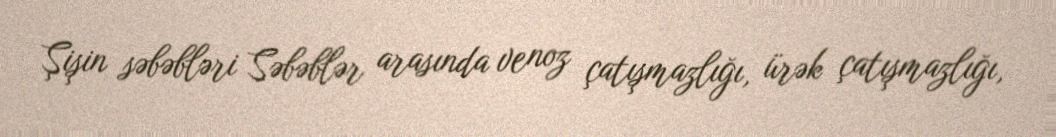
Şişin səbəbləri Səbəblər arasında venoz çatışmazlığı, ürək çatışmazlığı,